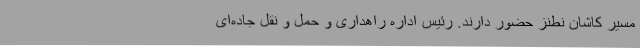
مسیر کاشان نطنز حضور دارند. رئیس اداره راهداری و حمل و نقل جاده‌ای